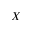
X